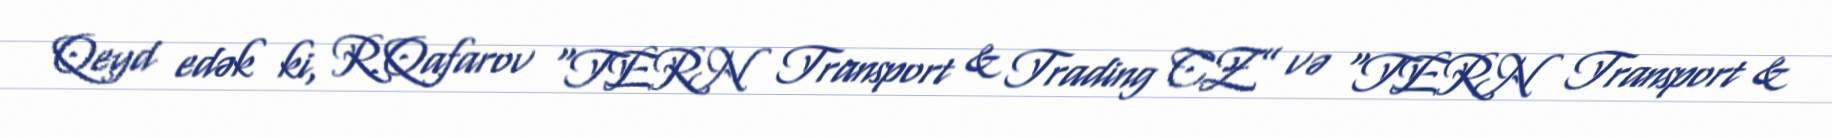
Qeyd edək ki, R.Qafarov “TERN Transport & Trading CZ” və “TERN Transport &